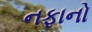
નફાનો